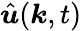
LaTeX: \hat{\boldsymbol u}(\boldsymbol k,t)